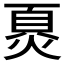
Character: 𬊪